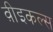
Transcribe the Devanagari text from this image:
व़ीइकल्स